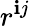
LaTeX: r^{\mathbf{i}j}